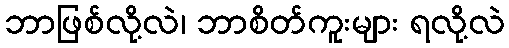
ဘာဖြစ်လို့လဲ၊ ဘာစိတ်ကူးများ ရလို့လဲ